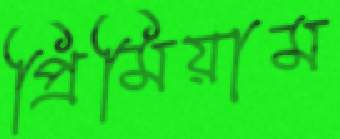
প্রিমিয়াম